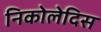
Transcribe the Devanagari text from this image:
निकोलेदिस